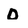
Character: O